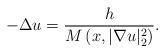
LaTeX: \begin{align*}-\Delta u=\frac{h}{M\left(x,|\nabla u|_{2}^{2}\right)}.\end{align*}